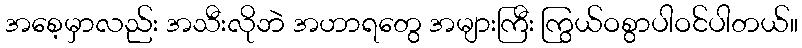
အစေ့မှာလည်း အသီးလိုဘဲ အဟာရတွေ အများကြီး ကြွယ်ဝစွာပါဝင်ပါတယ်။